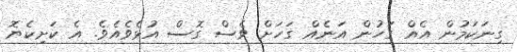
ގިނަކަމުން އެއް ގަހުން އަނެއް ގަހަށް ވެސް ގޮސް އުޅެވެއެވެ. އެ ކަށިކެޔޮ